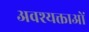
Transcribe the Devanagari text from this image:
अवश्यक्ताओं